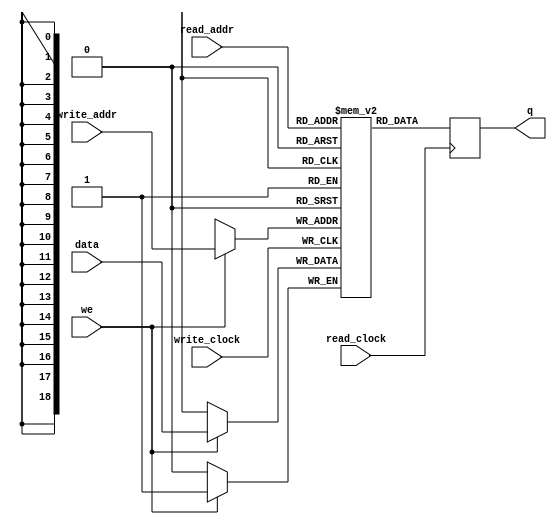
module simple_dual_port_framebuffer
#(parameter DATA_WIDTH=1, parameter ADDR_WIDTH=19)
(
	input [(DATA_WIDTH-1):0] data,
	input [(ADDR_WIDTH-1):0] read_addr, write_addr,
	input we, read_clock, write_clock,
	output reg [(DATA_WIDTH-1):0] q
);
	
	// Declare the RAM variable
	reg [DATA_WIDTH-1:0] ram[307199:0];
	
/*	    // memory initial content
    initial
	begin
		$readmemb("FB_initial_data.txt", ram);
	end
*/	
	always @ (posedge write_clock)
	begin
		// Write
		if (we)
			ram[write_addr] <= data;
	end
	
	always @ (posedge read_clock)
	begin
		// Read 
		q <= ram[read_addr];
	end
	
endmodule